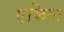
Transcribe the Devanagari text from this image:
एकिगा